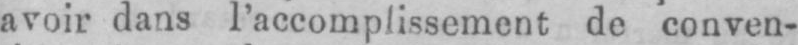
avoir dans l’accomplissement de conven-